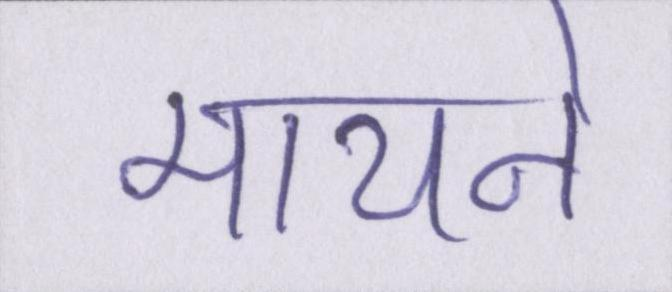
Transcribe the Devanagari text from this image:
मायने